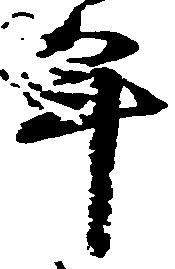
年